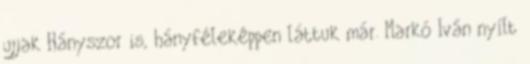
ujjak Hányszor is, hányféleképpen láttuk már. Markó Iván nyílt